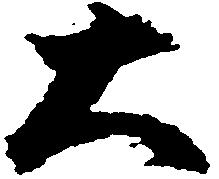
大